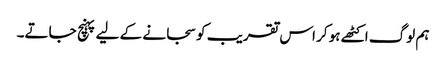
ہم لوگ اکٹھے ہو کر اس تقریب کو سجانے کے لیے پہنچ جاتے۔